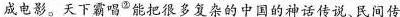
成电影。天下霸唱”能把很多复杂的中国的神话传说民间传